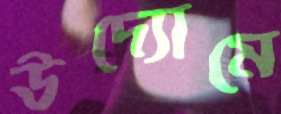
উদ্যোমে